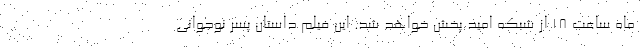
ماه ساعت ۱۸ از شبکه امید پخش خواهد شد. این فیلم داستان پسر نوجوانی